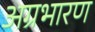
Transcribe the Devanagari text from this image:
अग्रभारण